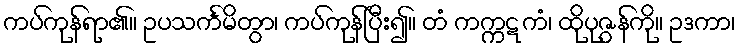
ကပ်ကုန်ရာ၏။ ဥပသင်္ကမိတွာ၊ ကပ်ကုန်ပြီး၍။ တံ ကက္ကဋကံ၊ ထိုပုဇွန်ကို။ ဥဒကာ၊